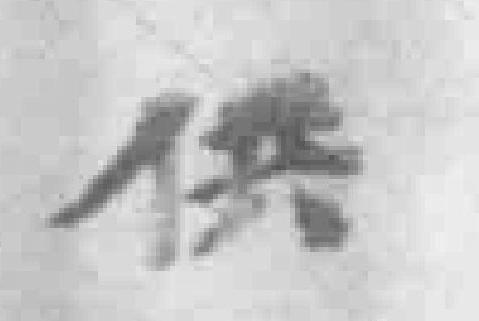
供